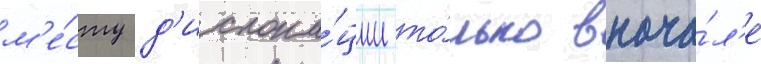
м'е́сту д'ислока́ции то́лько внача́л'е